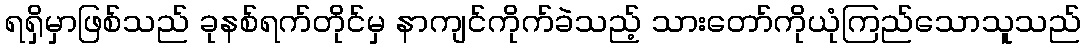
ရရှိမှာဖြစ်သည် ခုနစ်ရက်တိုင်မှ နာကျင်ကိုက်ခဲသည့် သားတော်ကိုယုံကြည်သောသူသည်